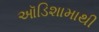
ઑડિશામાથી